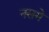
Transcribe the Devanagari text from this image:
नसमे